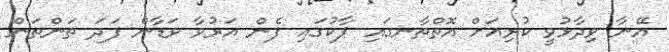
އޭނާ ވިދާޅުވީ ކުރިއަށް އޮތްތާނގައި ޕާކުގައި ފެން އަރުވާ ވަޑާން ފަދަ ތަންތަން